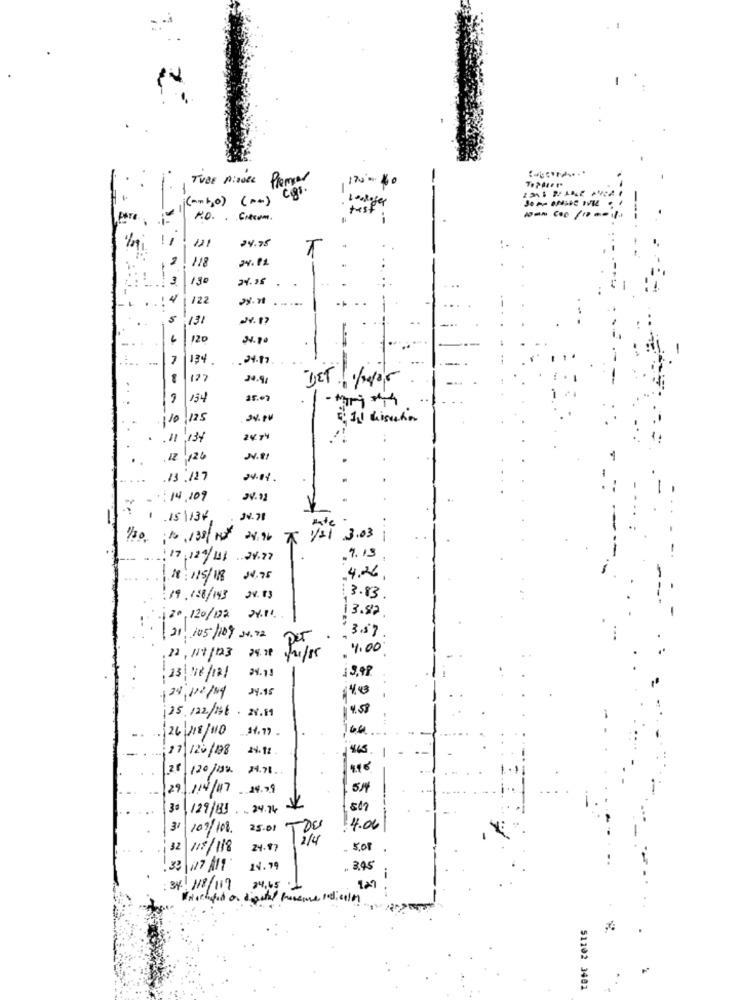
TUBE P:00EL Premier
170%
(mnb,0) (++)
24.75
12.1
118
130
122
28.11
5
131
120
134
.24.17
127
24.91
..
154
110
125
1. Il discution
. 11 134
2474
.12 126
N.t.
.13.127
:14,109
.15 \134.
34.71
1/30
ito 138 / Not 2496
1+1 3.03
17,129/131 34.77
.9.19
18 /15/18
14.75
4.26.
:19./08/143 34.13
13.83
13.82
20120/102 24.11.
3.57
21 105/109 34.72
24.20
. 4.00
12,111/03
24.14
19,98
23/ 18/12/
34.15
124/100/
25.122/146
26/18/110
11/126/198
24.11
45. 1
24.78 ..
29/114/117
. 24.79
K
5/4
3º 129/83. 24.74
31
109/10.
25.01
TOU
4.06
32 111/118
24.87
. 5.01
33 117 /11
14.79
. 2,45
-
: 34 /18/117
24.45
129
51202 3401